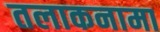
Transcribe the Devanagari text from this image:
तलाकनामा